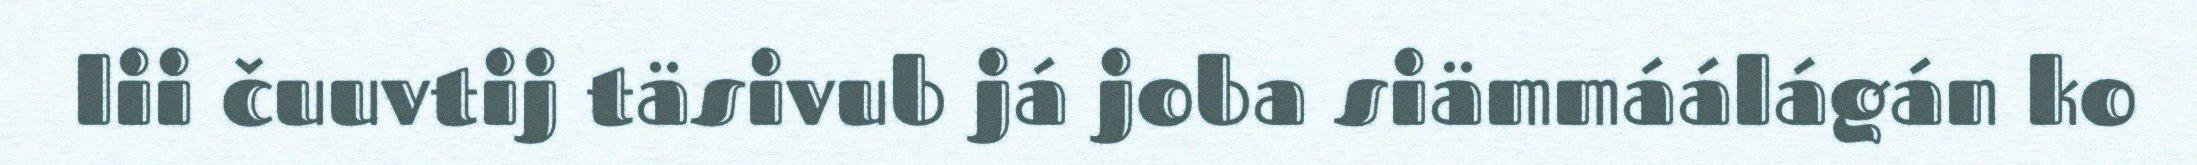
lii čuuvtij täsivub já joba siämmáálágán ko